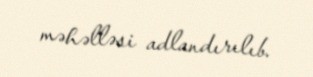
məhəlləsi adlandırılıb.